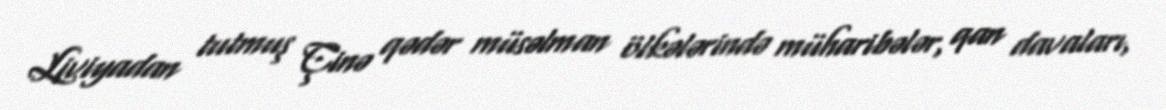
Liviyadan tutmuş Çinə qədər müsəlman ölkələrində müharibələr, qan davaları,